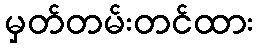
မှတ်တမ်းတင်ထား